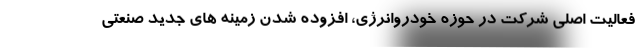
فعالیت اصلی شرکت در حوزه خودروانرژی، افزوده شدن زمینه های جدید صنعتی